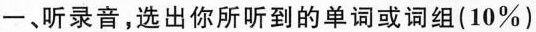
─、听录音,选出你所听到的单词或词组(10%)